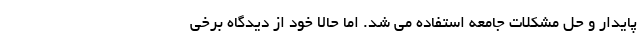
پایدار و حل مشکلات جامعه استفاده می شد. اما حالا خود از دیدگاه برخی